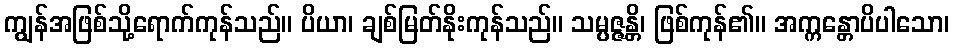
ကျွန်အဖြစ်သို့ရောက်ကုန်သည်။ ပိယာ၊ ချစ်မြတ်နိုးကုန်သည်။ သမ္ပဇ္ဇန္တိ၊ ဖြစ်ကုန်၏။ အက္ကန္တောပိပါသော၊